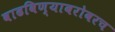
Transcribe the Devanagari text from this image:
वाढविण्याबरोबरच